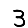
Digit: 3